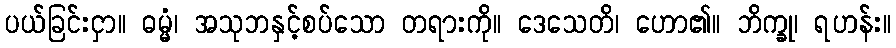
ပယ်ခြင်းငှာ။ ဓမ္မံ၊ အသုဘနှင့်စပ်သော တရားကို။ ဒေသေတိ၊ ဟော၏။ ဘိက္ခု၊ ရဟန်း။